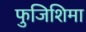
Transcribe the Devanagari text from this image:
फुजिशिमा